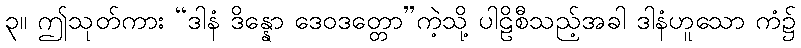
၃။ ဤသုတ်ကား “ဒါနံ ဒိန္နော ဒေဝဒတ္တော”ကဲ့သို့ ပါဠိစီသည့်အခါ ဒါနံဟူသော ကံ၌